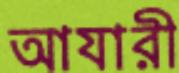
আযারী